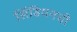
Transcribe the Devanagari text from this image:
सिंबियनची